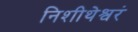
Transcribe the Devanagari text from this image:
निशीथेश्वरं